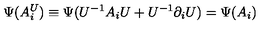
\Psi ( A _ { i } ^ { U } ) \equiv \Psi ( U ^ { - 1 } A _ { i } U + U ^ { - 1 } \partial _ { i } U ) = \Psi ( A _ { i } )